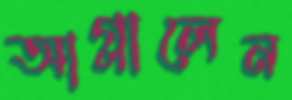
আগ্‌লালেন